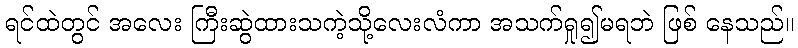
ရင်ထဲတွင် အလေး ကြီးဆွဲထားသကဲ့သို့လေးလံကာ အသက်ရှု၍မရဘဲ ဖြစ် နေသည်။